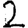
Digit: 2